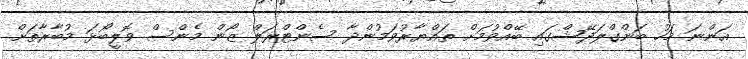
އަންނަ މަހު ބަންގްލަދޭޝްގައި ބޭއްވުމަށް ތައްޔާރުވަމުންދާ ސެންޓްރަލް ޒޯން މެންސް ވޮލީބޯޅަ މުބާރާތަށް